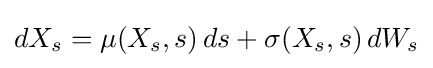
dX_{s}=\mu (X_{s},s)\,ds+\sigma (X_{s},s)\,dW_{s}